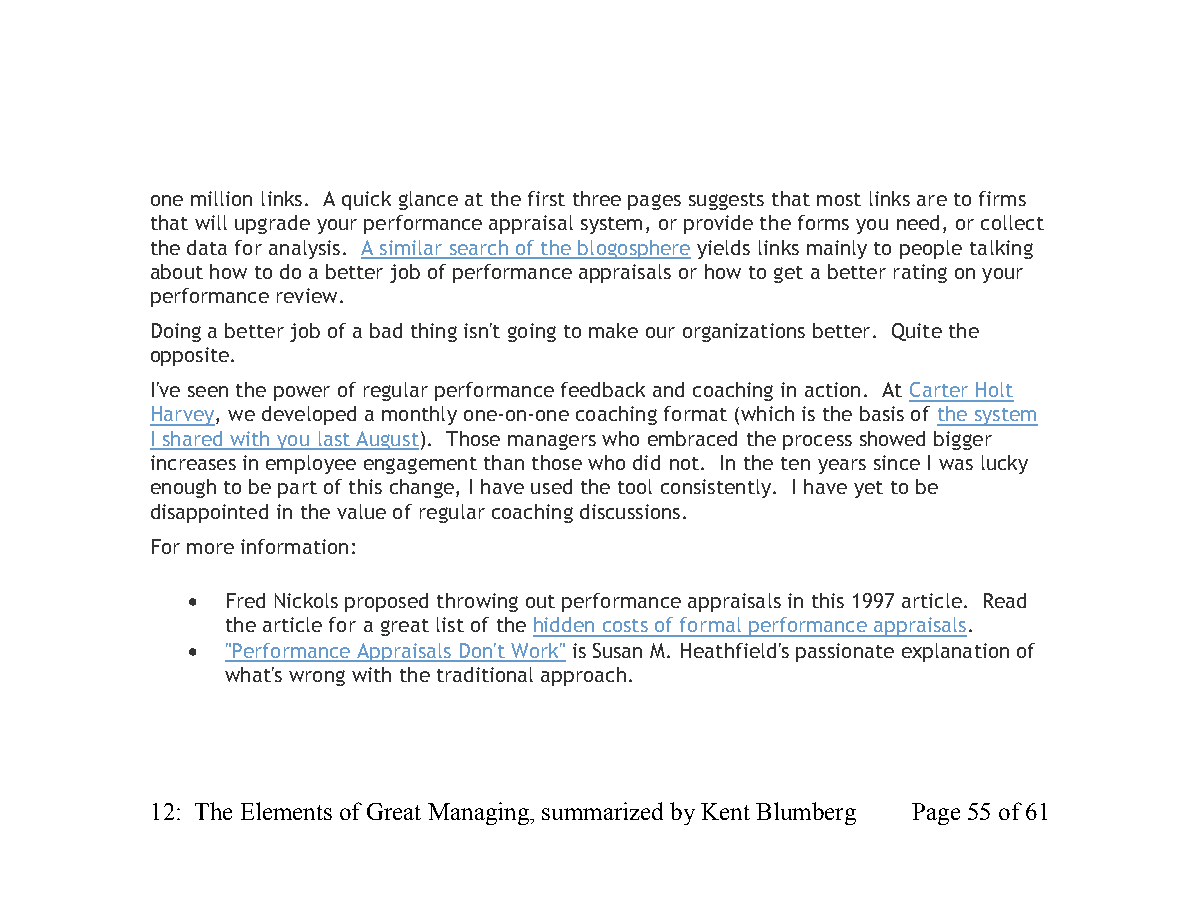
one million links. A quick glance at the first three pages suggests that most links are to firms
 that will upgrade your performance appraisal system, or provide the forms you need, or collect
 the data for analysis. A similar search of the blogosphere yields links mainly to people talking
 about how to do a better job of performance appraisals or how to get a better rating on your
 performance review.
 Doing a better job of a bad thing isn't going to make our organizations better. Quite the
 opposite.
 I've seen the power of regular performance feedback and coaching in action. At Carter Holt
 Harvey, we developed a monthly one-on-one coaching format (which is the basis of the system
 I shared with you last August). Those managers who embraced the process showed bigger
 increases in employee engagement than those who did not. In the ten years since I was lucky
 enough to be part of this change, I have used the tool consistently. I have yet to be
 disappointed in the value of regular coaching discussions.
 For more information:
   Fred Nickols proposed throwing out performance appraisals in this 1997 article. Read
 the article for a great list of the hidden costs of formal performance appraisals.
   "Performance Appraisals Don't Work" is Susan M. Heathfield's passionate explanation of
 what's wrong with the traditional approach.
 12: The Elements of Great Managing, summarized by Kent Blumberg Page 55 of 61